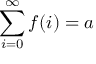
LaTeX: \sum _ { i = 0 } ^ { \infty } f ( i ) = a